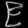
Digit: ၉